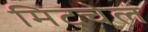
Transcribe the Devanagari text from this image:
मिट्चेल